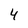
Character: 4